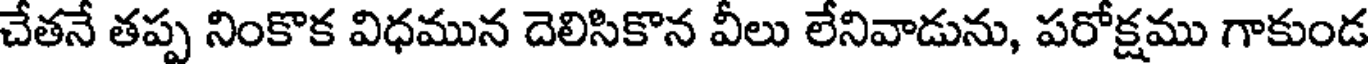
చేతనే తప్ప నింకొక విధమున దెలిసికొన వీలు లేనివాడును, పరోక్షము గాకుండ